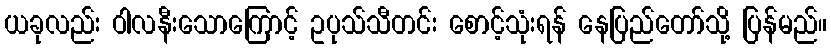
ယခုလည်း ဝါလနီးသောကြောင့် ဥပုသ်သီတင်း စောင့်သုံးရန် နေပြည်တော်သို့ ပြန်မည်။